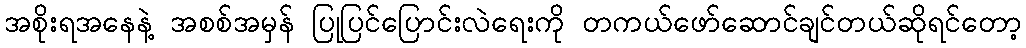
အစိုးရအနေနဲ့ အစစ်အမှန် ပြုပြင်ပြောင်းလဲရေးကို တကယ်ဖော်ဆောင်ချင်တယ်ဆိုရင်တော့